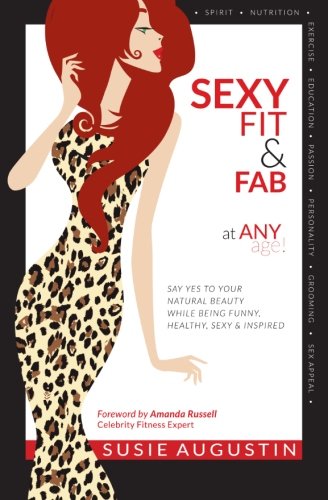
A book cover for Sexy, Fit & Fab at Any Age!: Say Yes to Your Natural Beauty While Being Funny, Healthy, Sexy and Inspired; Susie Augustin; Health, Fitness & Dieting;